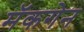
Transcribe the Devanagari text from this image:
मॅकगेन